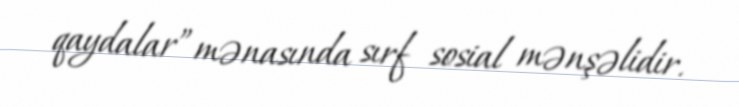
qaydalar” mənasında sırf sosial mənşəlidir.